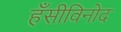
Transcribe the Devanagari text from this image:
हँसीविनोद